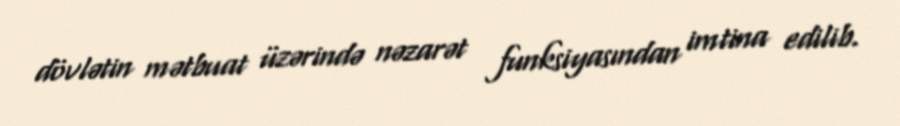
dövlətin mətbuat üzərində nəzarət funksiyasından imtina edilib.